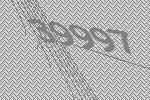
39997